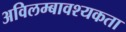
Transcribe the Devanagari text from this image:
अविलम्बावश्यकता